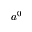
a ^ { 0 }